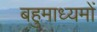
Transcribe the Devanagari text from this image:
बहुमाध्यमों